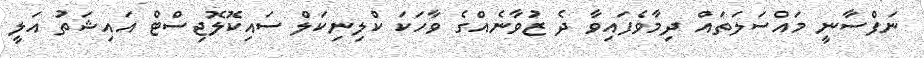
ނަފްސާނީ މައްސަލަތައް ދިމާވެފައިވާ ދެ ޒުވާނެއްގެ ވާހަކަ ކްލިނިކަލް ސައިކޮލޮޖިސްޓް އައިޝަތު އަލީ